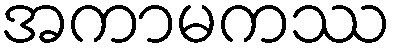
အကာမကဿ